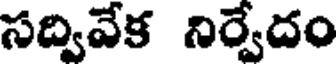
సద్వివేక నిర్వేదం